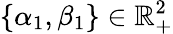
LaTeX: \{ \alpha_{1},\beta_{1}\} \in\mathbb{R}_{+}^{2}